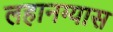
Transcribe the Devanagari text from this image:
लहानग्यास